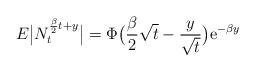
LaTeX: \begin{align*}E \big\vert N_t^{\frac{\beta}{2}t + y} \big\vert = \Phi \big( \frac{\beta}{2} \sqrt{t} - \frac{y}{\sqrt{t}} \big) \mathrm{e}^{- \beta y} \end{align*}